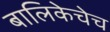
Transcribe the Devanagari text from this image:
बालिकेचेच